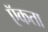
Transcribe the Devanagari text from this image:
ऍकता